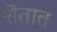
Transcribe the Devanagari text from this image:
शॆतात